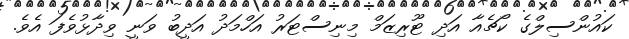
ކައުންސިލްގެ ކޯޗެއާ އަދި ޓޫރިޒަމް މިނިސްޓަރު އަހްމަދު އަދީބު ވަނީ ވިދާޅުވެފަ އެވެ.